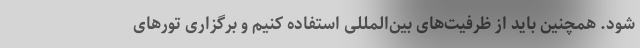
شود. همچنین باید از ظرفیت‌های بین‌المللی استفاده کنیم و برگزاری تورهای